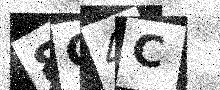
Text: 8C4C